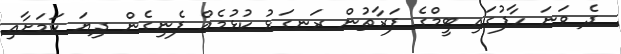
ދެ ވަނަ ހާފުގައި ޓީމްގެ ފަރާތުން ރަނގަޅު ކުޅުމެއް ފެނިގެން ދިޔަ ކަމަށާއި